kultuurilooline_kollektsioon, lk 51
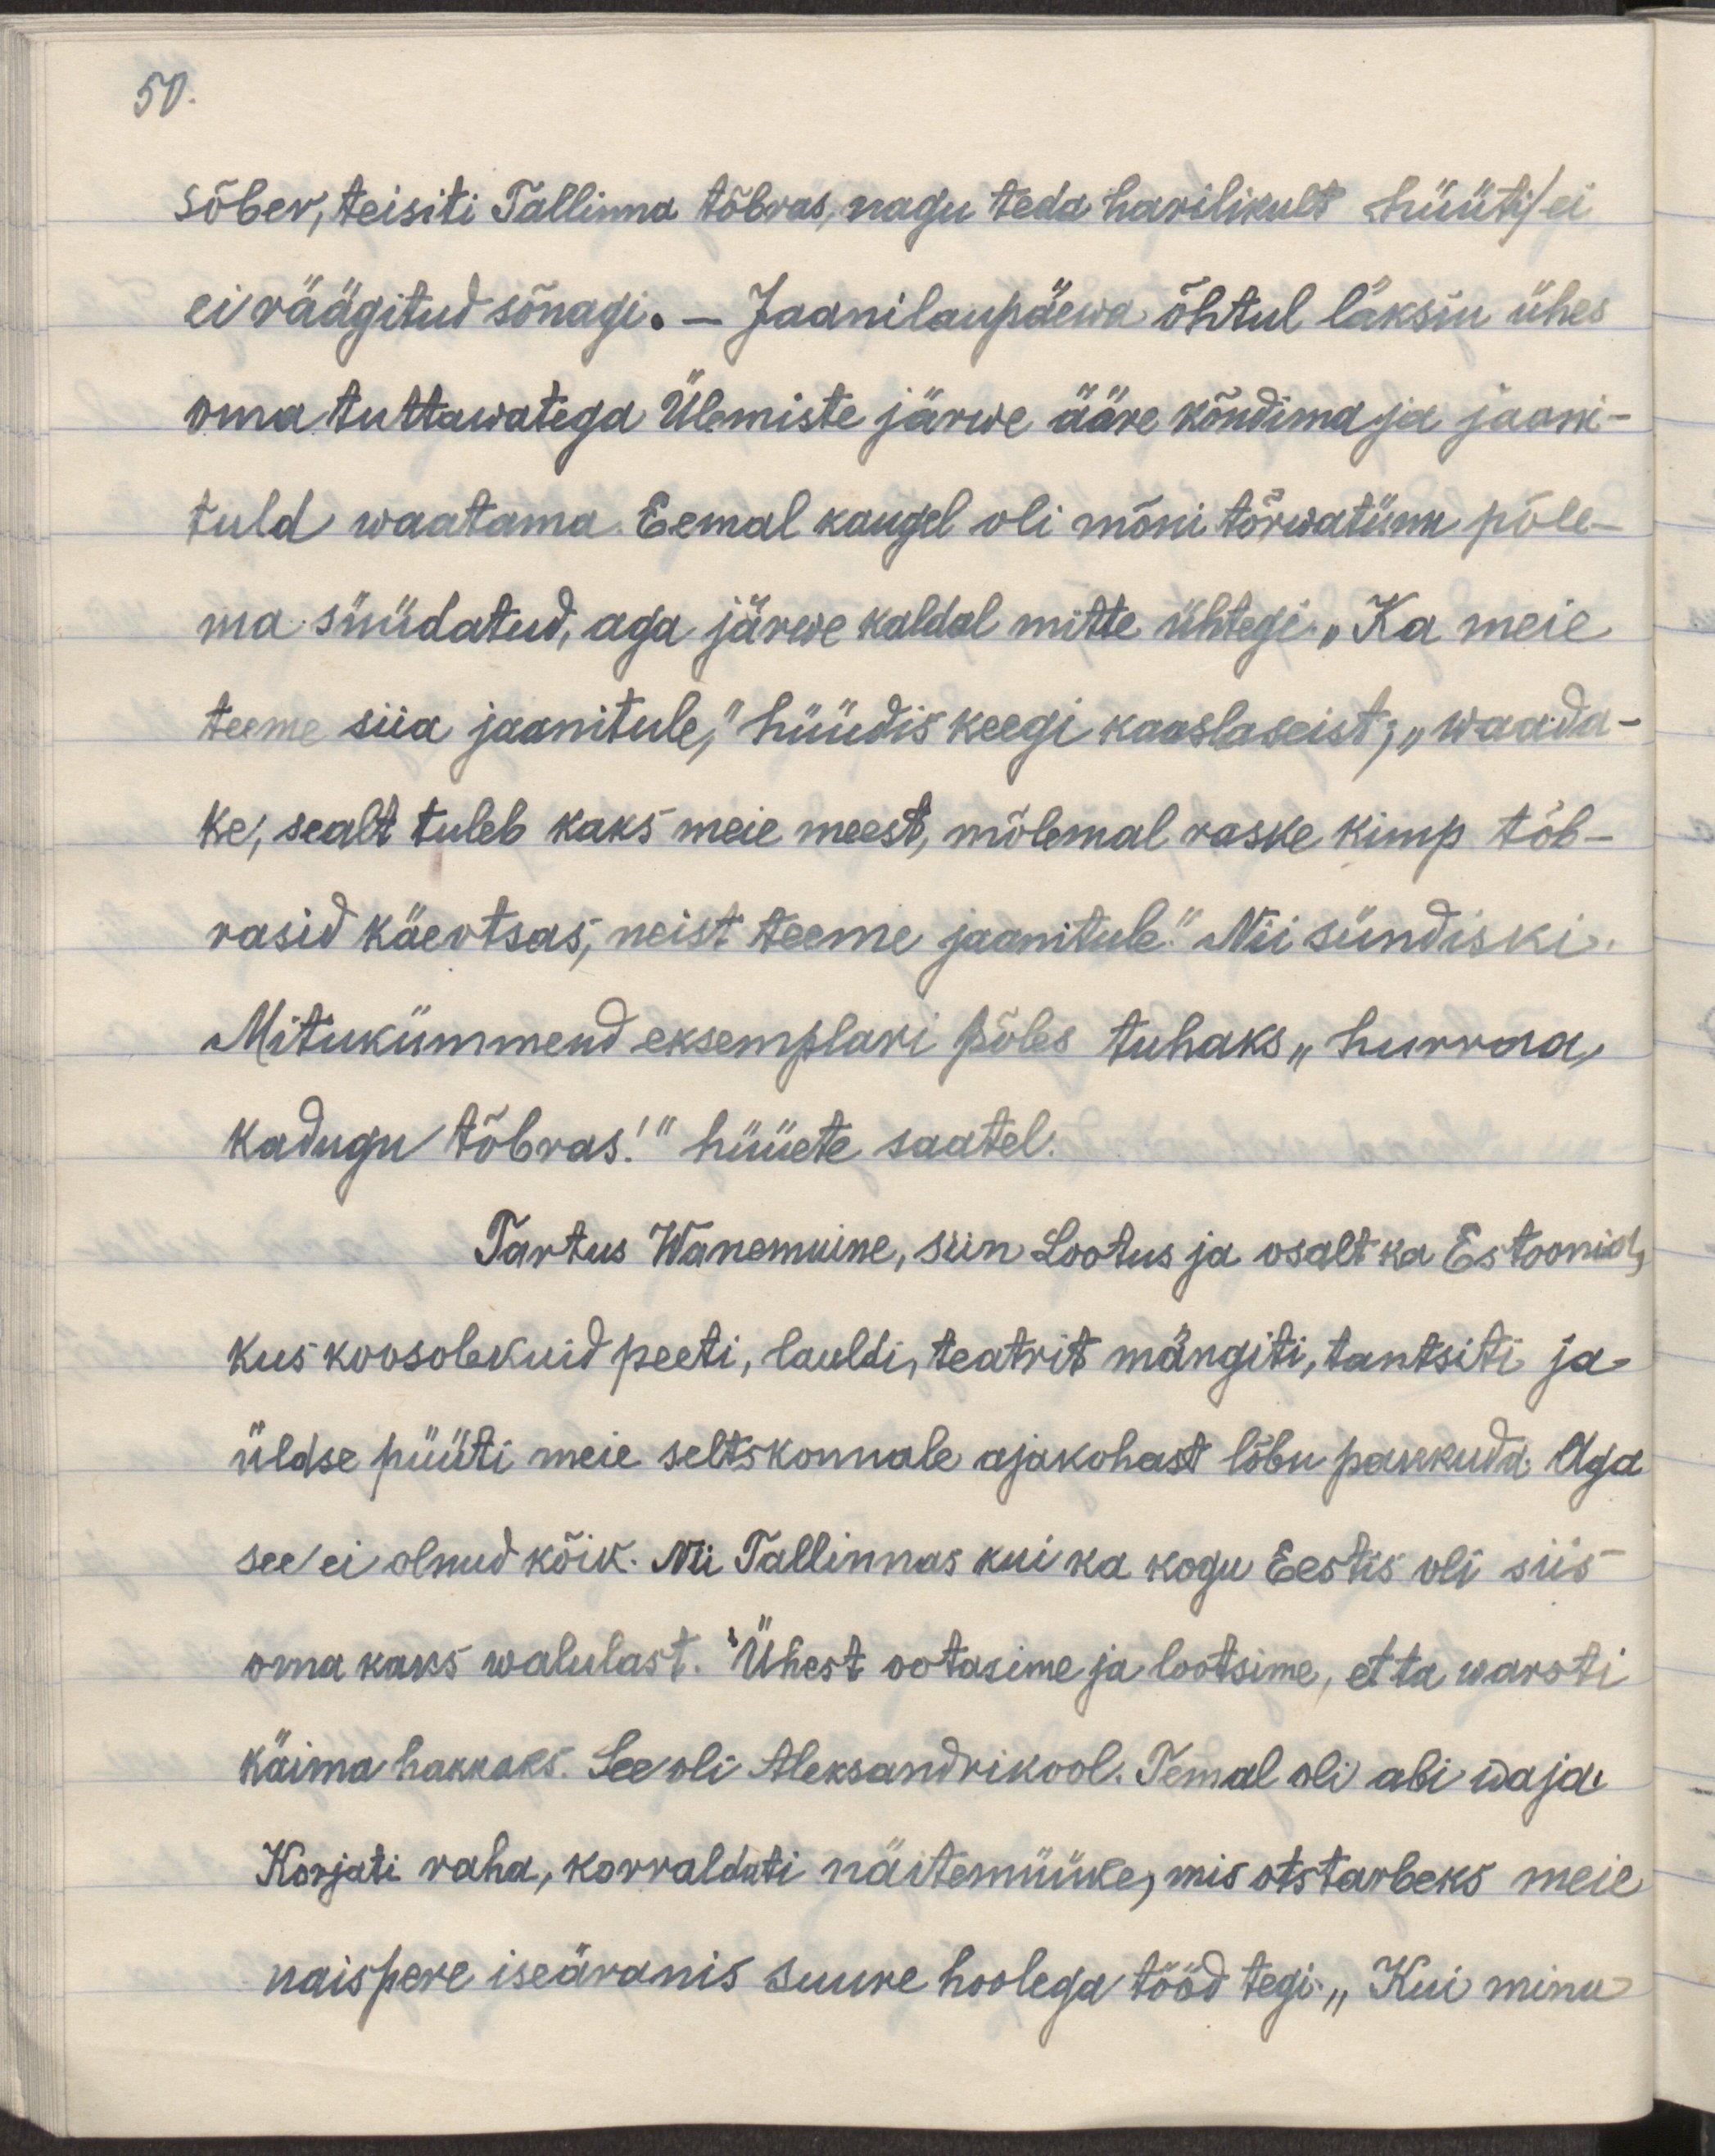
50.
Sõber, teisiti Tallinna tõbras, nagu teda harilikult hüüti/ ei
ei räägitud sõnagi. – Jaanilaupäewa õhtul läksin ühes
oma tuttawatega Ülemiste järwe ääre kõndima ja jaani-
tuld waatama. Eemal kaugel oli mõni tõrwatünn põle-
ma süüdatud, aga järwe kaldal mitte ühtegi. „Ka meie
teeme siia jaanitule," hüüdis keegi kaaslaseist; „waada-
ke, sealt tuleb kaks meie meest, mõlemal raske kimp tõb-
rasid käeotsas, neist teeme jaanitule." Nii sündiski.
Mitukümmend eksemplari põles tuhaks „hurraa,
kadugu tõbras!" hüüete saatel.
Tartus Wanemuine, siin Lootus ja osalt ka Estonia,
kus koosolekuid peeti, lauldi, teatrit mängiti, tantsiti ja
üldse püüti meie seltskonnale ajakohast lõbu pakkuda. Aga
see ei olnud kõik. Nii Tallinnas kui ka kogu Eestis oli siis
oma kaks walulast. Ühest ootasime ja lootsime, et ta warsti
käima hakkaks. See oli Aleksandrikool. Temal oli abi waja.
Korjati raha, korraldati näitemüüke, mis otstarbeks meie
naispere iseäranis suure hoolega tööd tegi. „Kui minu